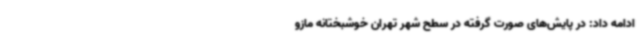
ادامه داد: در پایش‌های صورت گرفته در سطح شهر تهران خوشبختانه مازو